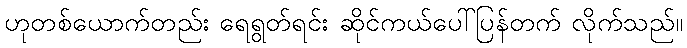
ဟုတစ်ယောက်တည်း ရေရွတ်ရင်း ဆိုင်ကယ်ပေါ်ပြန်တက် လိုက်သည်။